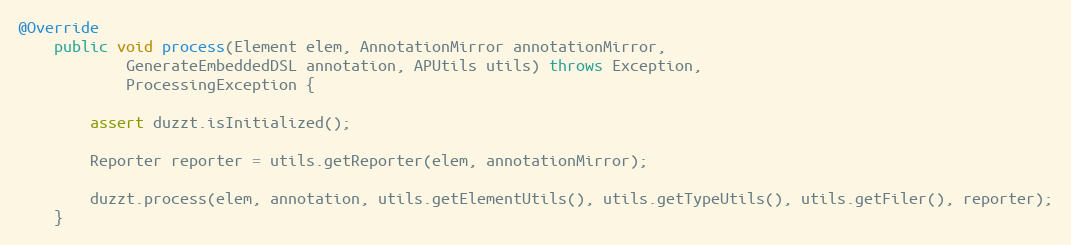
Language: Java
@Override
	public void process(Element elem, AnnotationMirror annotationMirror,
			GenerateEmbeddedDSL annotation, APUtils utils) throws Exception,
			ProcessingException {

		assert duzzt.isInitialized();

		Reporter reporter = utils.getReporter(elem, annotationMirror);

		duzzt.process(elem, annotation, utils.getElementUtils(), utils.getTypeUtils(), utils.getFiler(), reporter);
	}